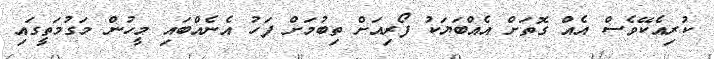
ކުރިއެކޭވެސް އެއް ގޮތަށް އެއްބަޔަކު ފޯރިއަށް ތިބުމަށް ފަހު އެނެއްބައި މީހުން މަގުމަތީގައި